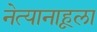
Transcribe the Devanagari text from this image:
नेत्यानाहूला